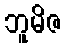
ဘူမိဇ